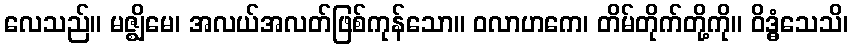
လေသည်။ မဇ္ဈိမေ၊ အလယ်အလတ်ဖြစ်ကုန်သော။ ဝလာဟကေ၊ တိမ်တိုက်တို့ကို။ ဝိဒ္ဓံသေသိ၊